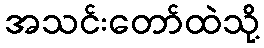
အသင်းတော်ထဲသို့